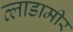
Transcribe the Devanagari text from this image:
व्लाडामीर